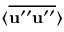
\langle { \overline { { { \bf { u } } ^ { \prime \prime } { \bf { u } } ^ { \prime \prime } } } } \rangle